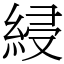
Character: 綅